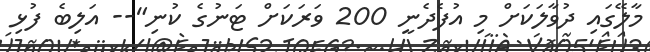
މާލޭގައި ދުވާލަކަށް މި އުފެދެނީ 200 ވަރަކަށް ޓަނުގެ ކުނި"-- އަލިބެ ފުޅި